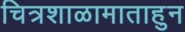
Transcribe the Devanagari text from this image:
चित्रशाळामाताहुन